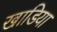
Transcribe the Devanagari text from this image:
खाडिया